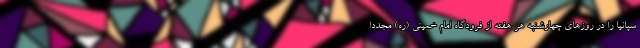
سپانیا را در روزهای چهارشنبه هر هفته از فرودگاه امام خمینی (ره) مجددا